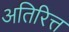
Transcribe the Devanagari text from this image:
अतिरित्त